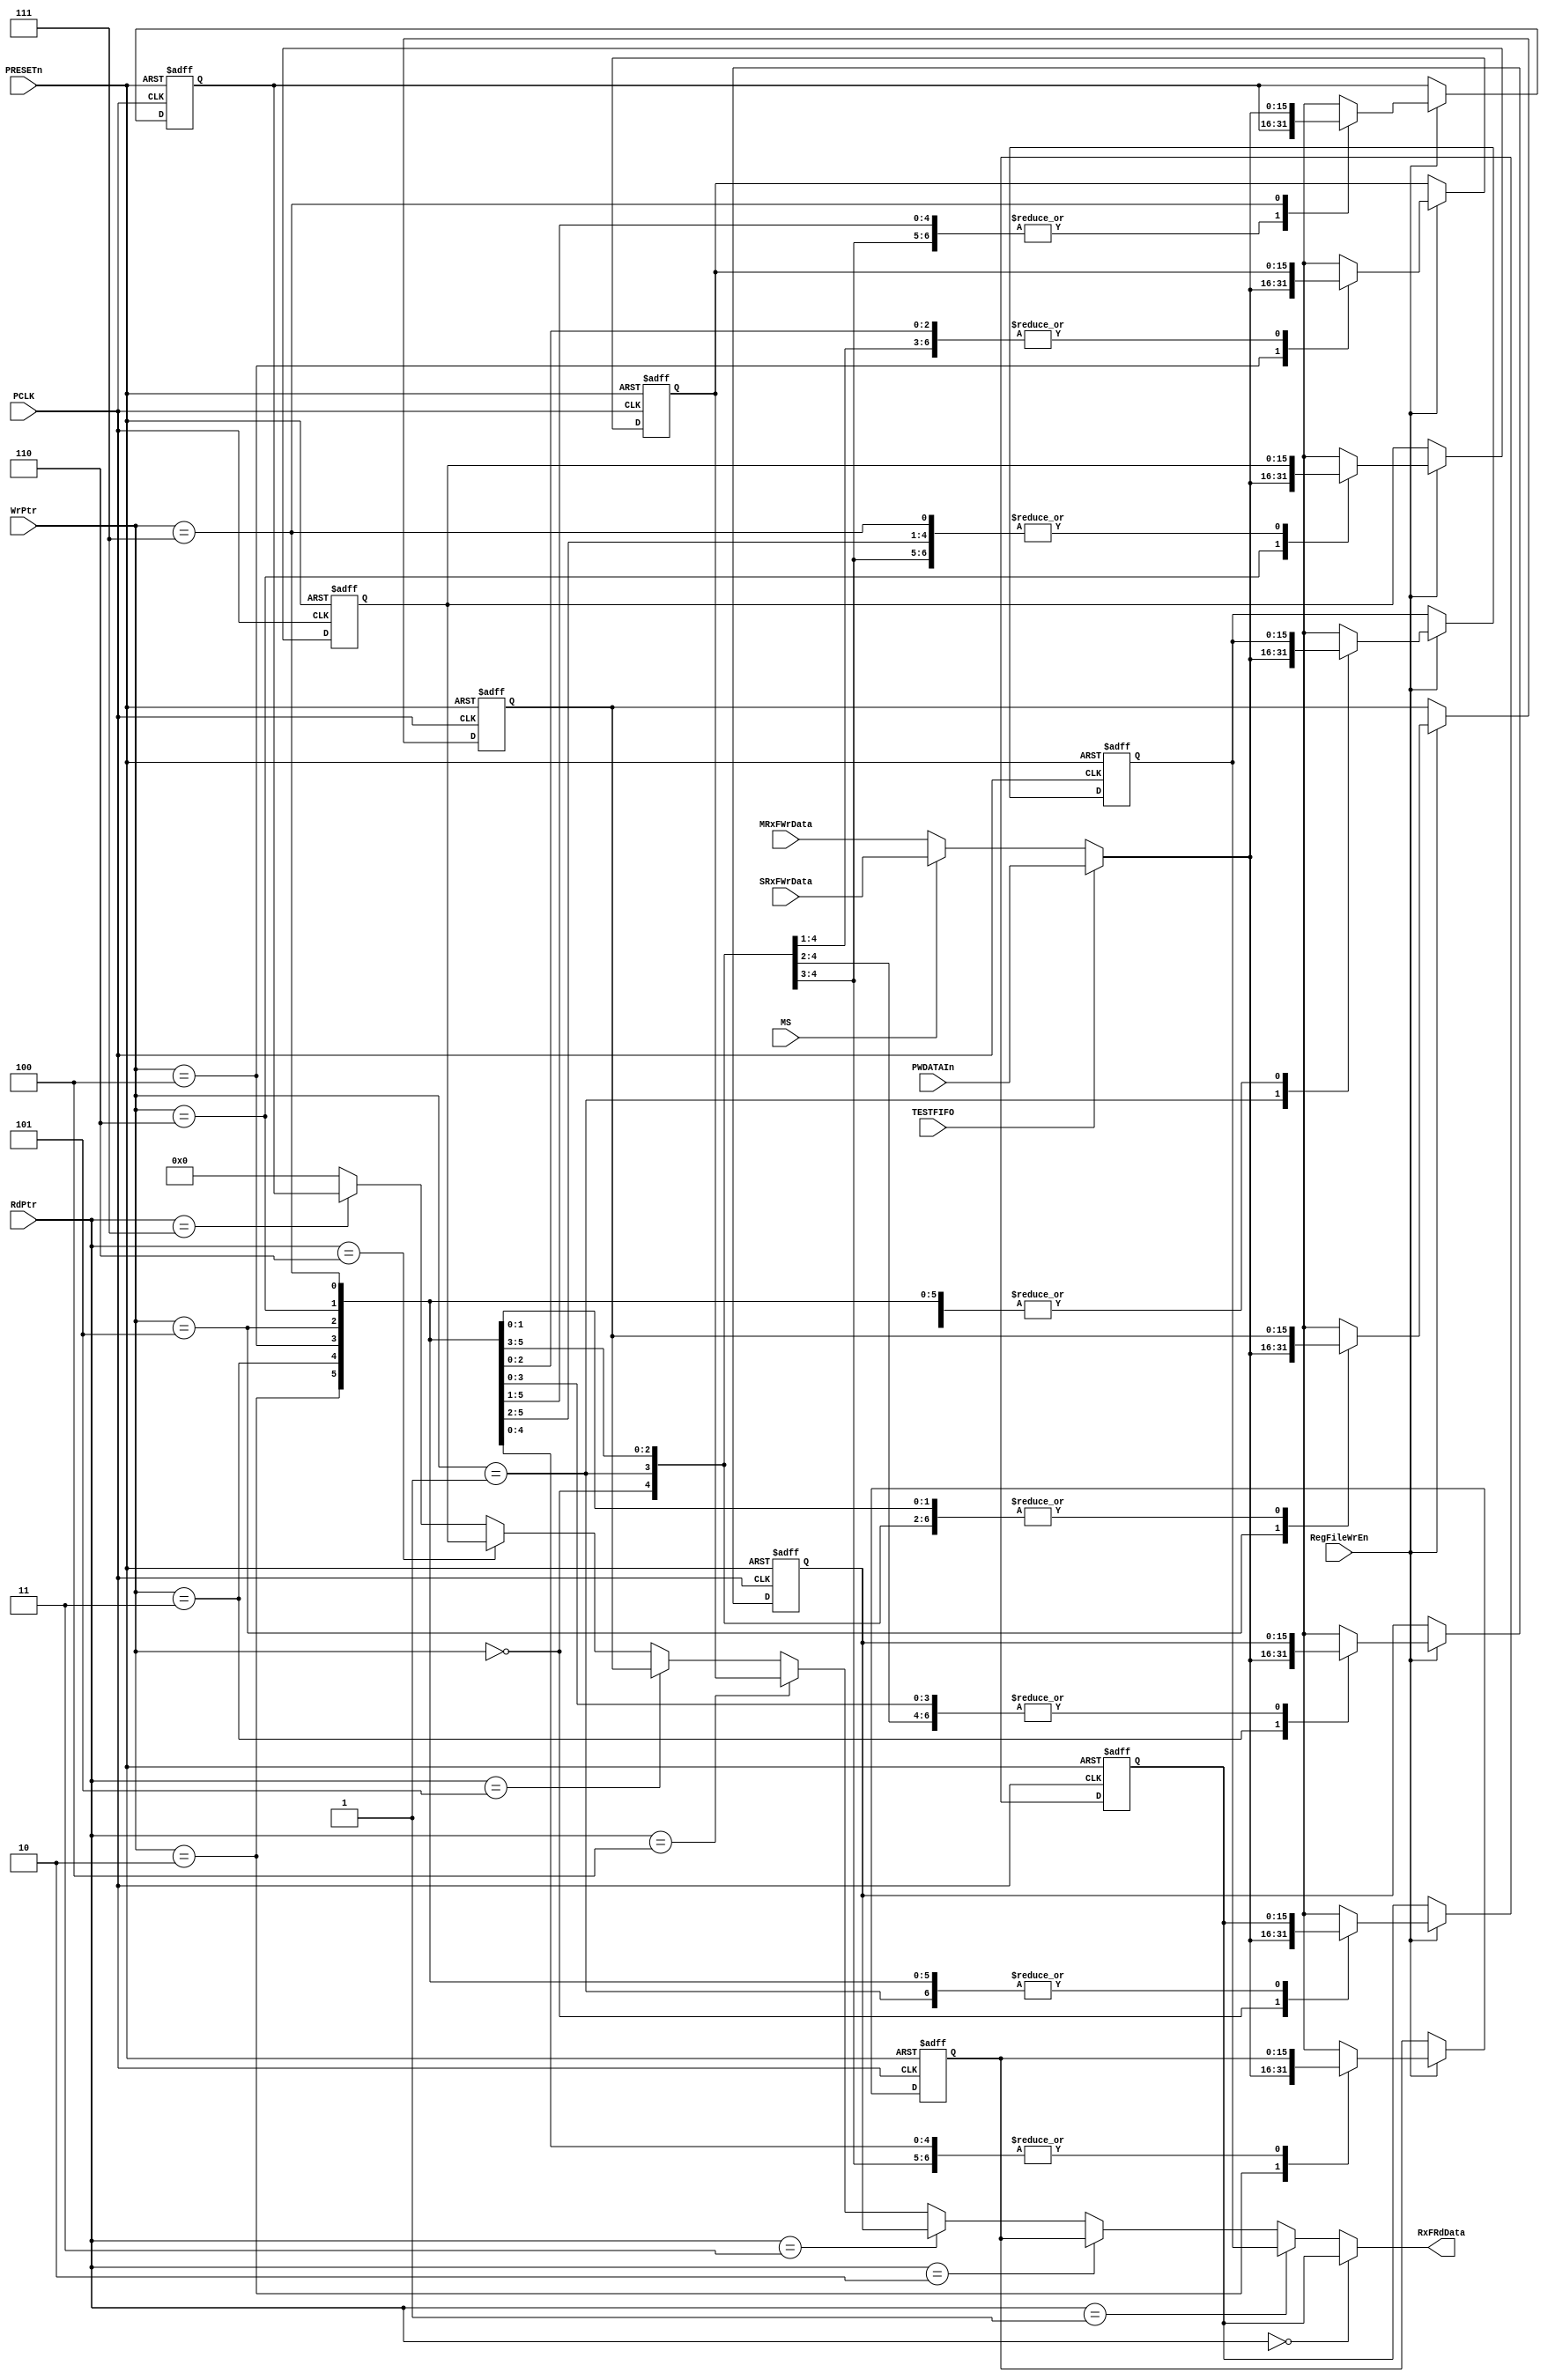
// --=========================================================================--
//  This confidential and proprietary software may be used only as
//  authorised by a licensing agreement from ARM Limited
//    (C) COPYRIGHT 2007-2008 ARM Limited
//        ALL RIGHTS RESERVED
//  The entire notice above must be reproduced on all authorised
//  copies and copies may only be made to the extent permitted
//  by a licensing agreement from ARM Limited.
// -----------------------------------------------------------------------------
//  
//  Version and Release Control Information:
//  
//  File Revision          : 20355
//  
//  Release Information : Cortex-M0 DesignStart-r2p0-00rel0
//  
// -----------------------------------------------------------------------------

// -----------------------------------------------------------------------------
// Purpose      : Receive FIFO Register File
// --=========================================================================--
  
`timescale 1ns/1ps

// -----------------------------------------------------------------------------

module SspRxRegFile (
// Inputs
                     PCLK, 
                     PRESETn, 
                     MS, 
                     RegFileWrEn, 
                     TESTFIFO,
                     WrPtr, 
                     RdPtr, 
                     SRxFWrData, 
                     MRxFWrData,
                     PWDATAIn, 
// Output
                     RxFRdData
                    );

// Inputs
input         PCLK;            // APB bus clock
input         PRESETn;         // Muxed Reset (from BPRESETn)
input         MS;              // Master / Slave Select bit
input         RegFileWrEn;     // Write enable
input         TESTFIFO;        // FIFO Test mode control
input   [2:0] WrPtr;           // Write pointer
input   [2:0] RdPtr;           // Read pointer
input  [15:0] MRxFWrData;      // Master's RX FIFO write data
input  [15:0] SRxFWrData;      // Slave's  RX FIFO write data
input  [15:0] PWDATAIn;        // Rx Fifo Test Data

//Output
output [15:0] RxFRdData;       // Read Data

// -----------------------------------------------------------------------------
//
//                               SspRxRegFile
//                               ============
//
// -----------------------------------------------------------------------------
//
// Overview
// ========
//
// This module contains the Register file for the Receive FIFO. When the 
// Write enable signal RegFileWrEn is asserted, data on the write data bus 
// RxFWrData is written into the location pointed to by the current value of the
// Write pointer WrPtr. On the read interface, the contents of the location
// pointed to by the current value of the read pointer RdPtr, is driven onto
// the read databus, RxFRdData.
// -----------------------------------------------------------------------------

// -----------------------------------------------------------------------------
// Register declarations
// -----------------------------------------------------------------------------
reg [15:0]  RxReg0;
// Receive FIFO register 0 

reg [15:0]  NextRxReg0;
// D-input of RxReg0 

reg [15:0]  RxReg1;
// Receive FIFO register 1 

reg [15:0]  NextRxReg1;
// D-input of RxReg1 

reg [15:0]  RxReg2;
// Receive FIFO register 2 

reg [15:0]  NextRxReg2;
// D-input of RxReg2 

reg [15:0]  RxReg3;
// Receive FIFO register 3 

reg [15:0]  NextRxReg3;
// D-input of RxReg3 

reg [15:0]  RxReg4;
// Receive FIFO register 4 

reg [15:0]  NextRxReg4;
// D-input of RxReg4 

reg [15:0]  RxReg5;
// Receive FIFO register 5 

reg [15:0]  NextRxReg5;
// D-input of RxReg5 

reg [15:0]  RxReg6;
// Receive FIFO register 6 

reg [15:0]  NextRxReg6;
// D-input of RxReg6 

reg [15:0]  RxReg7;
// Receive FIFO register 7 

reg [15:0]  NextRxReg7;
// D-input of RxReg7 

// -----------------------------------------------------------------------------
// Wire declarations
// -----------------------------------------------------------------------------
wire [15:0] RxFWrData;
// Write data from the SSP core logic


// -----------------------------------------------------------------------------
//
// Main body of code
// =================
//
// -----------------------------------------------------------------------------
// In test mode, external PWDATA data can be written to the RX FIFO.
// In normal mode, data is written to RxFIFO from the data buses 
// of Master/Slave depending upon the MS bit.
// -----------------------------------------------------------------------------
assign RxFWrData = (TESTFIFO == 1'b1) ? PWDATAIn   :
                   (MS == 1'b1)       ? SRxFWrData : 
                    MRxFWrData;

// -----------------------------------------------------------------------------
// Sequential logic for Rx FIFO registers.  
// -----------------------------------------------------------------------------
always @(posedge PCLK or negedge PRESETn)
begin : p_RxRegSeq
  if (PRESETn == 1'b0)
    begin
      RxReg0 <= 16'h0000;
      RxReg1 <= 16'h0000;
      RxReg2 <= 16'h0000;
      RxReg3 <= 16'h0000;
      RxReg4 <= 16'h0000;
      RxReg5 <= 16'h0000;
      RxReg6 <= 16'h0000;
      RxReg7 <= 16'h0000;
    end
  else
    begin
      RxReg0 <= NextRxReg0;
      RxReg1 <= NextRxReg1;
      RxReg2 <= NextRxReg2;
      RxReg3 <= NextRxReg3;
      RxReg4 <= NextRxReg4;
      RxReg5 <= NextRxReg5;
      RxReg6 <= NextRxReg6;
      RxReg7 <= NextRxReg7;
    end
end // p_RxRegSeq;

// -----------------------------------------------------------------------------
// Write logic. When the Write enable signal, RegFileWr, is asserted, data on
// the RxFWrData bus is written into the location pointed to by the 
// current value of the Write pointer, WrPtr[2:0].
// -----------------------------------------------------------------------------
always @(RxReg0 or RxReg1 or RxReg2 or RxReg3 or RxReg4 or RxReg5 or RxReg6 or 
         RxReg7 or  WrPtr or RegFileWrEn or RxFWrData)
begin : p_WrComb
  NextRxReg0 = RxReg0;
  NextRxReg1 = RxReg1;
  NextRxReg2 = RxReg2;
  NextRxReg3 = RxReg3;
  NextRxReg4 = RxReg4;
  NextRxReg5 = RxReg5;
  NextRxReg6 = RxReg6;
  NextRxReg7 = RxReg7;

  if (RegFileWrEn == 1'b1)
    case (WrPtr)
      3'b000 : NextRxReg0 = RxFWrData;
      3'b001 : NextRxReg1 = RxFWrData;
      3'b010 : NextRxReg2 = RxFWrData;
      3'b011 : NextRxReg3 = RxFWrData;
      3'b100 : NextRxReg4 = RxFWrData;
      3'b101 : NextRxReg5 = RxFWrData;
      3'b110 : NextRxReg6 = RxFWrData;
      3'b111 : NextRxReg7 = RxFWrData;
      default : ;
    endcase
end // p_WrComb;

// -----------------------------------------------------------------------------
// Read Mux. The contents of the location pointed to by the current value of 
// the read pointer, RdPtr, is driven onto the read databus, RxFRdData.
// -----------------------------------------------------------------------------
assign RxFRdData = (RdPtr == 3'b000) ? RxReg0 : (
                   (RdPtr == 3'b001) ? RxReg1 : (
                   (RdPtr == 3'b010) ? RxReg2 : (
                   (RdPtr == 3'b011) ? RxReg3 : (
                   (RdPtr == 3'b100) ? RxReg4 : (
                   (RdPtr == 3'b101) ? RxReg5 : (
                   (RdPtr == 3'b110) ? RxReg6 : (
                   (RdPtr == 3'b111) ? RxReg7 : (
                   9'b000000000))))))));
                   

endmodule

// --================================ End ====================================--